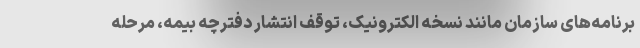
برنامه‌های سازمان مانند نسخه الکترونیک، توقف انتشار دفترچه بیمه، مرحله